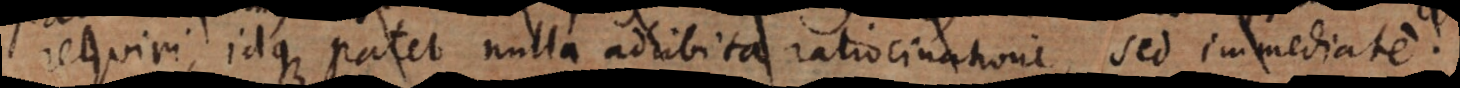
requiri, idque patet nulla adhibita ratiocinatione, sed immediate.